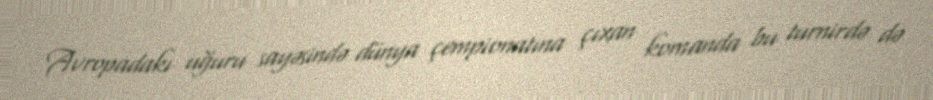
Avropadakı uğuru sayəsində dünya çempionatına çıxan komanda bu turnirdə də